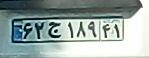
۶۲ج۱۸۹۴۱